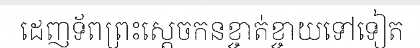
ដេញទ័ពព្រះស្តេចកនខ្ចាត់ខ្ចាយទៅទៀត